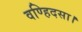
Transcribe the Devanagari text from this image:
वण्हिदसा।